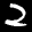
Label: 2